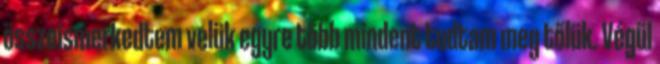
összeismerkedtem velük egyre több mindent tudtam meg tőlük. Végül